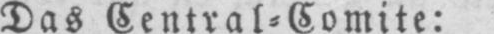
Das Central⸗Comite: